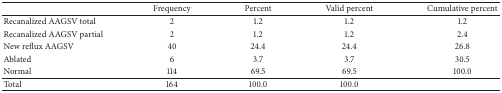
<table><thead><tr><td>[EMPTY_CELL]</td><td><b>Frequency</b></td><td><b>Percent</b></td><td><b>Valid percent</b></td><td><b>Cumulative percent</b></td></tr></thead><tbody><tr><td>Recanalized AAGSV total</td><td>2</td><td>1.2</td><td>1.2</td><td>1.2</td></tr><tr><td>Recanalized AAGSV partial</td><td>2</td><td>1.2</td><td>1.2</td><td>2.4</td></tr><tr><td>New reflux AAGSV</td><td>40</td><td>24.4</td><td>24.4</td><td>26.8</td></tr><tr><td>Ablated</td><td>6</td><td>3.7</td><td>3.7</td><td>30.5</td></tr><tr><td>Normal</td><td>114</td><td>69.5</td><td>69.5</td><td>100.0</td></tr><tr><td>Total</td><td>164</td><td>100.0</td><td>100.0</td><td>[EMPTY_CELL]</td></tr></tbody></table>